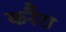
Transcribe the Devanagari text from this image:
करैरा